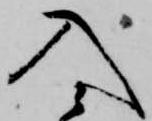
入